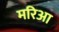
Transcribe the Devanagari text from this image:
मरिआ